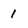
Character: 1